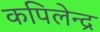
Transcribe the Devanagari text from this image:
कपिलेन्द्र